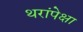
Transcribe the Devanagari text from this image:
थरांपेक्षा